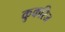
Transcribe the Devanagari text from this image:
कुकरिज